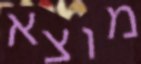
מוצא